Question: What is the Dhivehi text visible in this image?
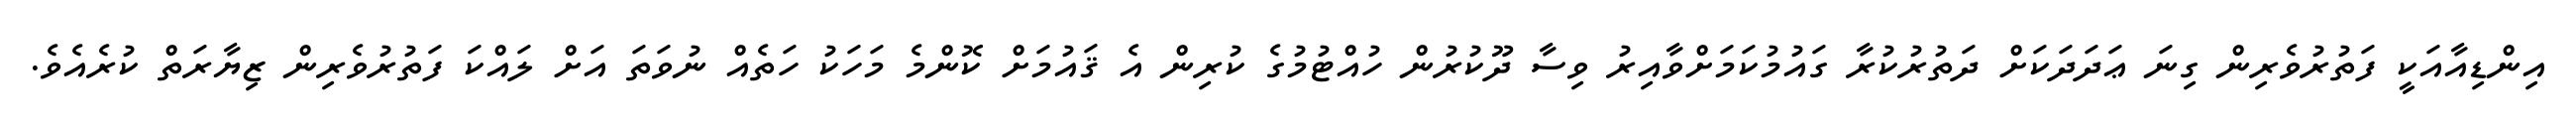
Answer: އިންޑިއާއަކީ ފަތުރުވެރިން ގިނަ ޢަދަދަކަށް ދަތުރުކުރާ ގައުމުކަމަށްވާއިރު ވިސާ ދޫކުރުން ހުއްޓުމުގެ ކުރިން އެ ޤައުމަށް ކޮންމެ މަހަކު ހަތެއް ނުވަތަ އަށް ލައްކަ ފަތުރުވެރިން ޒިޔާރަތް ކުރެއެވެ.